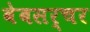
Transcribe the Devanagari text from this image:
वेबसर्चर